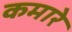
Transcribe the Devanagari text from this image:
कमारे